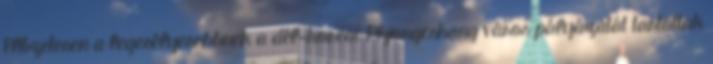
Előzetesen a legesélyesebbnek a dél-koreai Phjongcshang város pályázatát tartottak